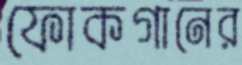
ফোকগানের